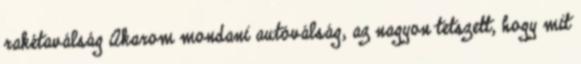
rakétaválság Akarom mondani autóválság, az nagyon tetszett, hogy mit